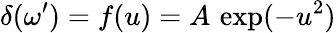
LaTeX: \delta(\omega^{\prime})=f(u)=A\, \exp(-u^{2})